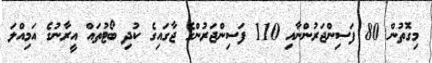
މިގޮތުން 80 ފަސިންޖަރުންނާއި 110 ފަސިންޖަރުންގެ ޖާގައިގެ ކުދި ބޯޓުތައް އީރާނުގެ އަމިއްލަ